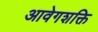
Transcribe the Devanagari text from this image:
आवेगशक्ति